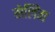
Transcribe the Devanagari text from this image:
गेलिंग